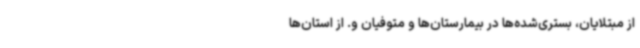
از مبتلایان، بستری‌شده‌ها در بیمارستان‌ها و متوفیان و. از استان‌ها